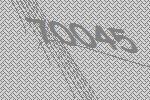
70045